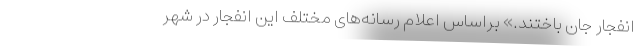
انفجار جان باختند.» براساس اعلام رسانه‌های مختلف این انفجار در شهر